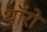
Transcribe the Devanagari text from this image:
थॉरो